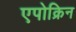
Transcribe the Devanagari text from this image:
एपोक्रिन